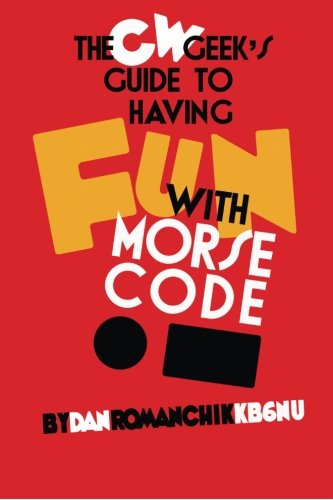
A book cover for CW Geek's Guide to Having Fun with Morse Code; Dan Romanchik KB6NU; Crafts, Hobbies & Home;